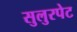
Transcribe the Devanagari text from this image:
सुलुरपेट